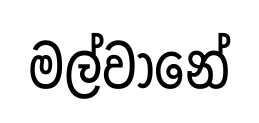
මල්වානේ